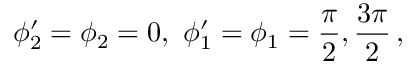
\phi _ { 2 } ^ { \prime } = \phi _ { 2 } = 0 , \ \phi _ { 1 } ^ { \prime } = \phi _ { 1 } = { \frac { \pi } { 2 } } , { \frac { 3 \pi } { 2 } } \, ,